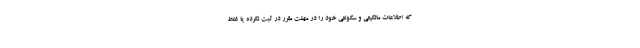
که اطلاعات مالکیتی و سکونتی خود را در مهلت مقرر در ثبت نکرده یا غلط